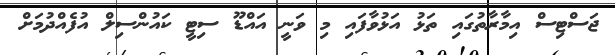
ޖަސްޓިސް އިމާރާތުގައި ތަޅު އަޅުވާފައި މި ވަނީ އައްޑޫ ސިޓީ ކައުންސިލް އުފެއްދުމަށް